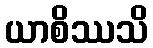
ယာစိဿသိ